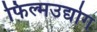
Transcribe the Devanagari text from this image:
फिल्मउद्योग